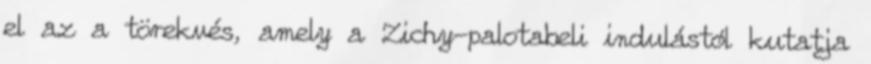
el az a törekvés, amely a Zichy-palotabeli indulástól kutatja